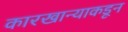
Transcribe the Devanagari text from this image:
कारखान्याकडून